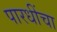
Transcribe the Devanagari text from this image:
पारधींचा